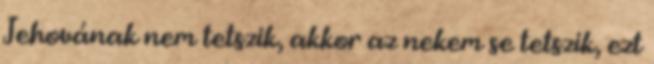
Jehovának nem tetszik, akkor az nekem se tetszik, ezt